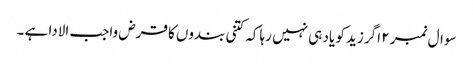
سوال نمبر ۲ اگر زید کو یاد ہی نہیں رہا کہ کتنی بندوں کا قرض واجب الادا ہے ۔